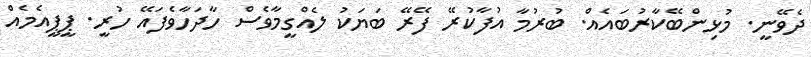
ދެވޭނީ. މުޅިންބޭކާރުބައެއް. ބުރުމާ އުފާކުރޭ ފޭރޭ ބަޔަކު ލެއްގީމާވެސް ހާދަހާވެފައޭ ހުރީ. ޕީޕީއެމެއް